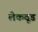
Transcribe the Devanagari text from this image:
लेकवूड